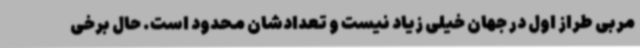
مربی طراز اول در جهان خیلی زیاد نیست و تعدادشان محدود است. حال برخی